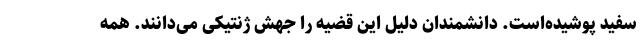
سفید پوشیده‌است. دانشمندان دلیل این قضیه را جهش ژنتیکی می‌دانند. همه